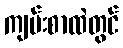
ကျမ်းစာထဲတွင်